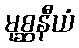
မုစ္ဆနီယံ